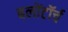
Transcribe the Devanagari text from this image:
बलोंटॉर्च